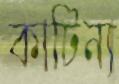
কাটিন্য